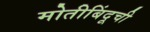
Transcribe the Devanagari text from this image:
मोतीबिंदूची